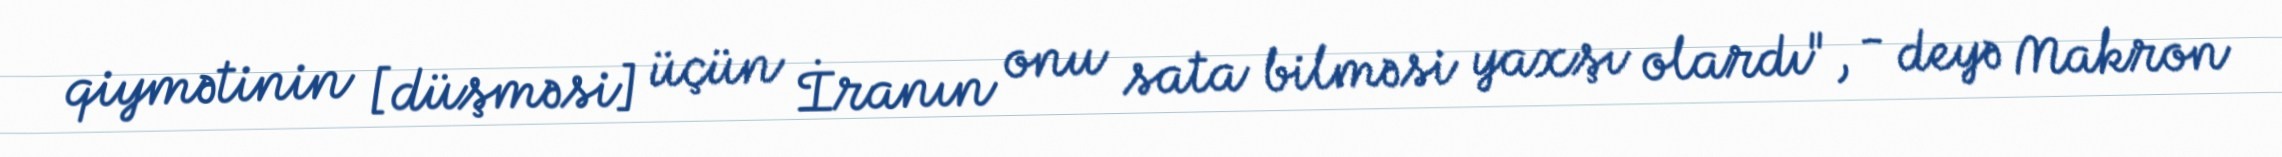
qiymətinin [düşməsi] üçün İranın onu sata bilməsi yaxşı olardı", - deyə Makron